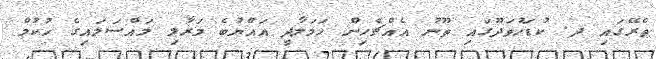
ތެރޭގައި ދ. ކުޑަހުވަދޫގައި ތޫނު އެއްޗެހިން ހަމަލާދީ އައްޔުބެ މަރާލި މައްސަލައިގެ ހުކުމް